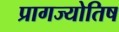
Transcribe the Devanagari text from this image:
प्रागज्योतिष